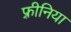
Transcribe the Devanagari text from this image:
फ़्रीनिया